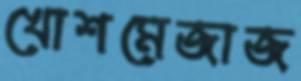
খোশমেজাজ